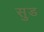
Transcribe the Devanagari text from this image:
सु़ड